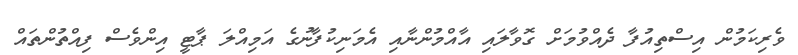
ވެރިކަމުން އިސްތިއުފާ ދެއްވުމަށް ގޮވާލައި އާއްމުންނާއި އެމަނިކުފާނުގެ އަމިއްލަ ޕާޓީ އިންވެސް ފިއްތުންތައް